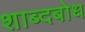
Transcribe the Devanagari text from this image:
शाब्दबोध